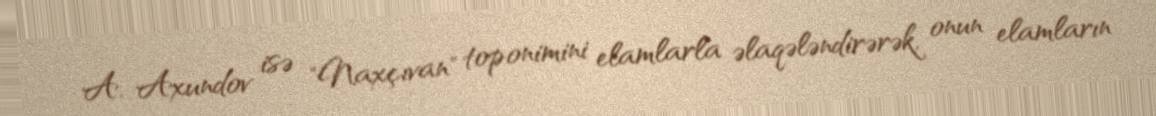
A. Axundov isə "Naxçıvan" toponimini elamlarla əlaqələndirərək, onun elamların